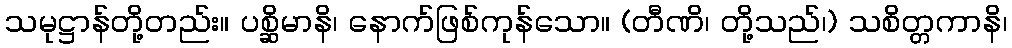
သမုဋ္ဌာန်တို့တည်း။ ပစ္ဆိမာနိ၊ နောက်ဖြစ်ကုန်သော။ (တီဏိ၊ တို့သည်၊) သစိတ္တကာနိ၊